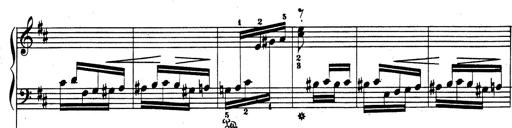
Title: Rhapsodie espagnole
Composer: Franz Liszt